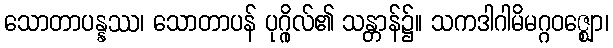
သောတာပန္နဿ၊ သောတာပန် ပုဂ္ဂိုလ်၏ သန္တာန်၌။ သကဒါဂါမိမဂ္ဂဝဇ္ဈော၊